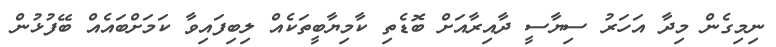
ނިމިގެން މިދާ އަހަރު ސިޔާސީ ދާއިރާއަށް ބޮޑެތި ކާމިޔާބީތަކެއް ލިބިފައިވާ ކަމަށްބައެއް ބޭފުޅުން